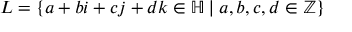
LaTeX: L = \left\{ a + b i + c j + d k \in \mathbb { H } \mid a , b , c , d \in \mathbb { Z } \right\}